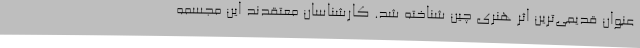
عنوان قدیمی‌ترین اثر هنری چین شناخته شد. کارشناسان معتقدند این مجسمه